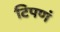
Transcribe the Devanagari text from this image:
टिपणं